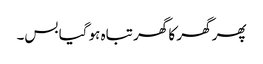
پھر گھر کا گھر تباہ ہو گیا بس۔